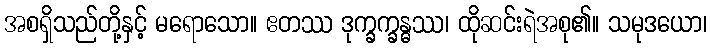
အစရှိသည်တို့နှင့် မရောသော။ ဧတဿ ဒုက္ခက္ခန္ဓဿ၊ ထိုဆင်းရဲအစု၏။ သမုဒယော၊